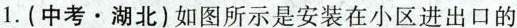
1.(中考·湖北)如图所示是安装在小区进出口的